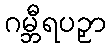
ဂမ္ဘီရပဉှာ